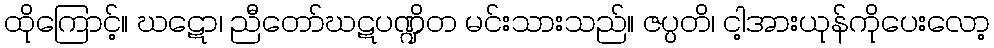
ထိုကြောင့်။ ဃဋော၊ ညီတော်ဃဋပဏ္ဍိတ မင်းသားသည်။ ဇပ္ပတိ၊ ငါ့အားယုန်ကိုပေးလော့